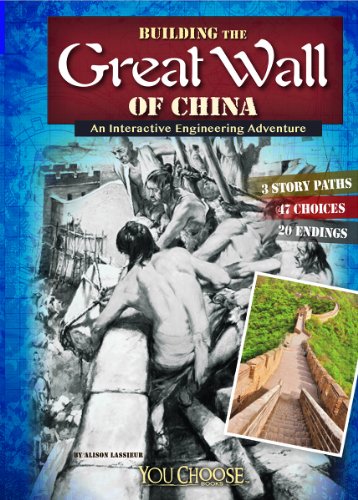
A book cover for Building the Great Wall of China: An Interactive Engineering Adventure (You Choose: Engineering Marvels); Allison Lassieur; Children's Books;